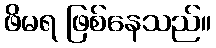
ဖိမရ ဖြစ်နေသည်။